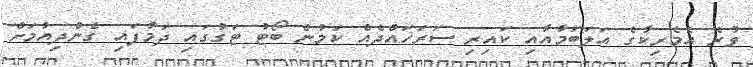
ވުރެ އެމެރިކާގެ އަލަބަމާއާއި ކައިރި ސަރަހައްދެއް ކަމުން ބޯޓު ޓަގުގައި ދަމާފައި ގެންދިއުމަށް